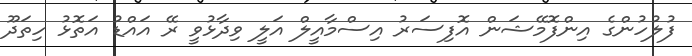
ފުލުހުންގެ އިންފޮމޭޝަން އޮފިސަރު އިސްމާއީލް އަލީ ވިދާޅުވީ ރޭ އައްޑު އަތޮޅު ހިތަދޫ